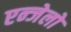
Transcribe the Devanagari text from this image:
एन्जेलो